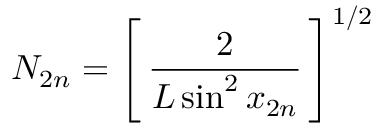
N _ { 2 n } = \left[ \, \frac { 2 } { L \sin ^ { 2 } x _ { 2 n } } \, \right] ^ { 1 / 2 }